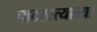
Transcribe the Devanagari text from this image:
घाटरस्त्याच्या